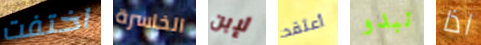
اختفت الخاسرة لإبن أعتقد نبدو اذا